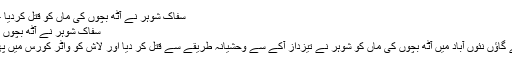
سفاک شوہر نے آٹھ بچوں کی ماں کو قتل کردیا – Live Rostrum
سفاک شوہر نے آٹھ بچوں کی ماں کو قتل کردیا
لاڑکانہ ڈسٹرکٹ کے گاؤں نئوں آباد میں آٹھ بچوں کی ماں کو شوہر نے تیزداز آکے سے وحشیانہ طریقے سے قتل کر دیا اور لاش کو واٹر کورس میں پھینک کر فرار ہو گیا۔